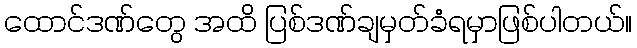
ထောင်ဒဏ်တွေ အထိ ပြစ်ဒဏ်ချမှတ်ခံရမှာဖြစ်ပါတယ်။